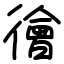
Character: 徻